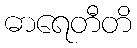
ဓာရေတီတိ